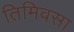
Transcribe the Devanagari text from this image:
तिमिवसा